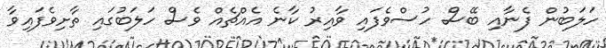
ހަލަބުން ފެނާއި ބޭސް ހުސްވެފައި ވާއިރު ކާނެ އެއްޗެއް ވެސް ހަލަބުގައި ތާށިވެފައިވާ